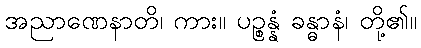
အညာဏေနာတိ၊ ကား။ ပဉ္စန္နံ ခန္ဓာနံ၊ တို့၏။